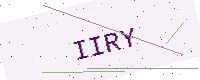
Text: IIRY